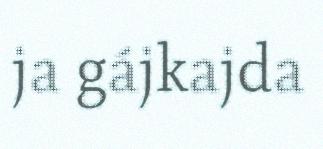
ja gájkajda